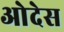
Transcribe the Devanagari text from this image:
ओदेस